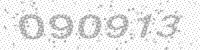
Solution: 090913